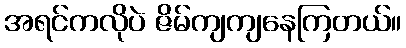
အရင်ကလိုပဲ ဇိမ်ကျကျနေကြတယ်။